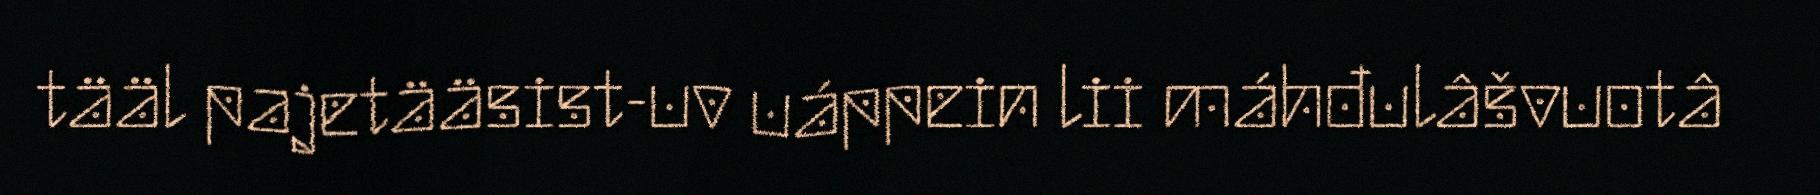
tääl pajetääsist-uv uáppein lii máhđulâšvuotâ